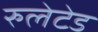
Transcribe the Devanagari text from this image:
रुलेटेड